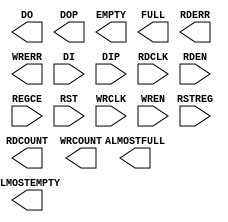
// $Header: /devl/xcs/repo/env/Databases/CAEInterfaces/xec_libs/data/unisims/FIFO18E1.v,v 1.3 2009/08/22 00:32:34 harikr Exp $
///////////////////////////////////////////////////////////////////////////////
// Copyright (c) 1995/2009 Xilinx, Inc.
// All Right Reserved.
///////////////////////////////////////////////////////////////////////////////
//   ____  ____
//  /   /\/   /
// /___/  \  /    Vendor : Xilinx
// \   \   \/     Version : 11.1i (L.11)
//  \   \         Description : Xilinx Formal Library Component
//  /   /
// /___/   /\     Filename : FIFO18E1.v
// \   \  /  \    Timestamp :
//  \___\/\___\
//
// Revision:
//    04/28/09 - Initial version.
// End Revision

`timescale  1 ps / 1 ps

module FIFO18E1 (ALMOSTEMPTY, ALMOSTFULL, DO, DOP, EMPTY, FULL, RDCOUNT, RDERR, WRCOUNT, WRERR,
	       DI, DIP, RDCLK, RDEN, REGCE, RST, RSTREG, WRCLK, WREN);

    parameter ALMOST_EMPTY_OFFSET = 13'h0080;
    parameter ALMOST_FULL_OFFSET = 13'h0080;
    parameter integer DATA_WIDTH = 4;
    parameter integer DO_REG = 1;
    parameter EN_SYN = "FALSE";
    parameter FIFO_MODE = "FIFO18";
    parameter FIRST_WORD_FALL_THROUGH = "FALSE";
    parameter INIT = 36'h0;
    parameter SRVAL = 36'h0;
    
    output ALMOSTEMPTY;
    output ALMOSTFULL;
    output [31:0] DO;
    output [3:0] DOP;
    output EMPTY;
    output FULL;
    output [11:0] RDCOUNT;
    output RDERR;
    output [11:0] WRCOUNT;
    output WRERR;

    input [31:0] DI;
    input [3:0] DIP;
    input RDCLK;
    input RDEN;
    input REGCE;
    input RST;
    input RSTREG;
    input WRCLK;
    input WREN;
    
   
endmodule